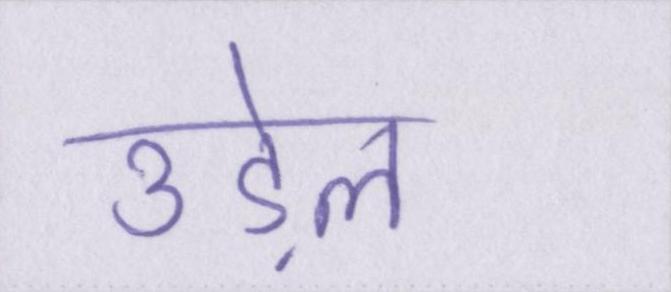
उड़ेल